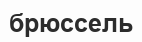
брюссель